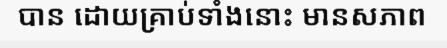
បាន ដោយគ្រាប់ទាំងនោះ មានសភាព